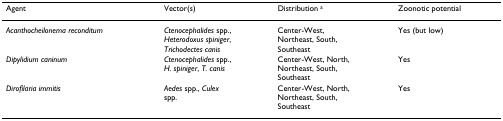
<table><thead><tr><td><b>Agent</b></td><td><b>Vector(s)</b></td><td><b>Distribution <sup>a</sup></b></td><td><b>Zoonotic potential</b></td></tr></thead><tbody><tr><td><i>Acanthocheilonema reconditum</i></td><td><i>Ctenocephalides </i>spp.,<i>Heterodoxus spiniger</i>,<i>Trichodectes canis</i></td><td>Center-West, Northeast, South, Southeast</td><td>Yes (but low)</td></tr><tr><td><i>Dipylidium caninum</i></td><td><i>Ctenocephalides </i>spp.,<i>H. spiniger</i>, <i>T. canis</i></td><td>Center-West, North,Northeast, South,Southeast</td><td>Yes</td></tr><tr><td><i>Dirofilaria immitis</i></td><td><i>Aedes </i>spp., <i>Culex</i>spp.</td><td>Center-West, North,Northeast, South,Southeast</td><td>Yes</td></tr></tbody></table>